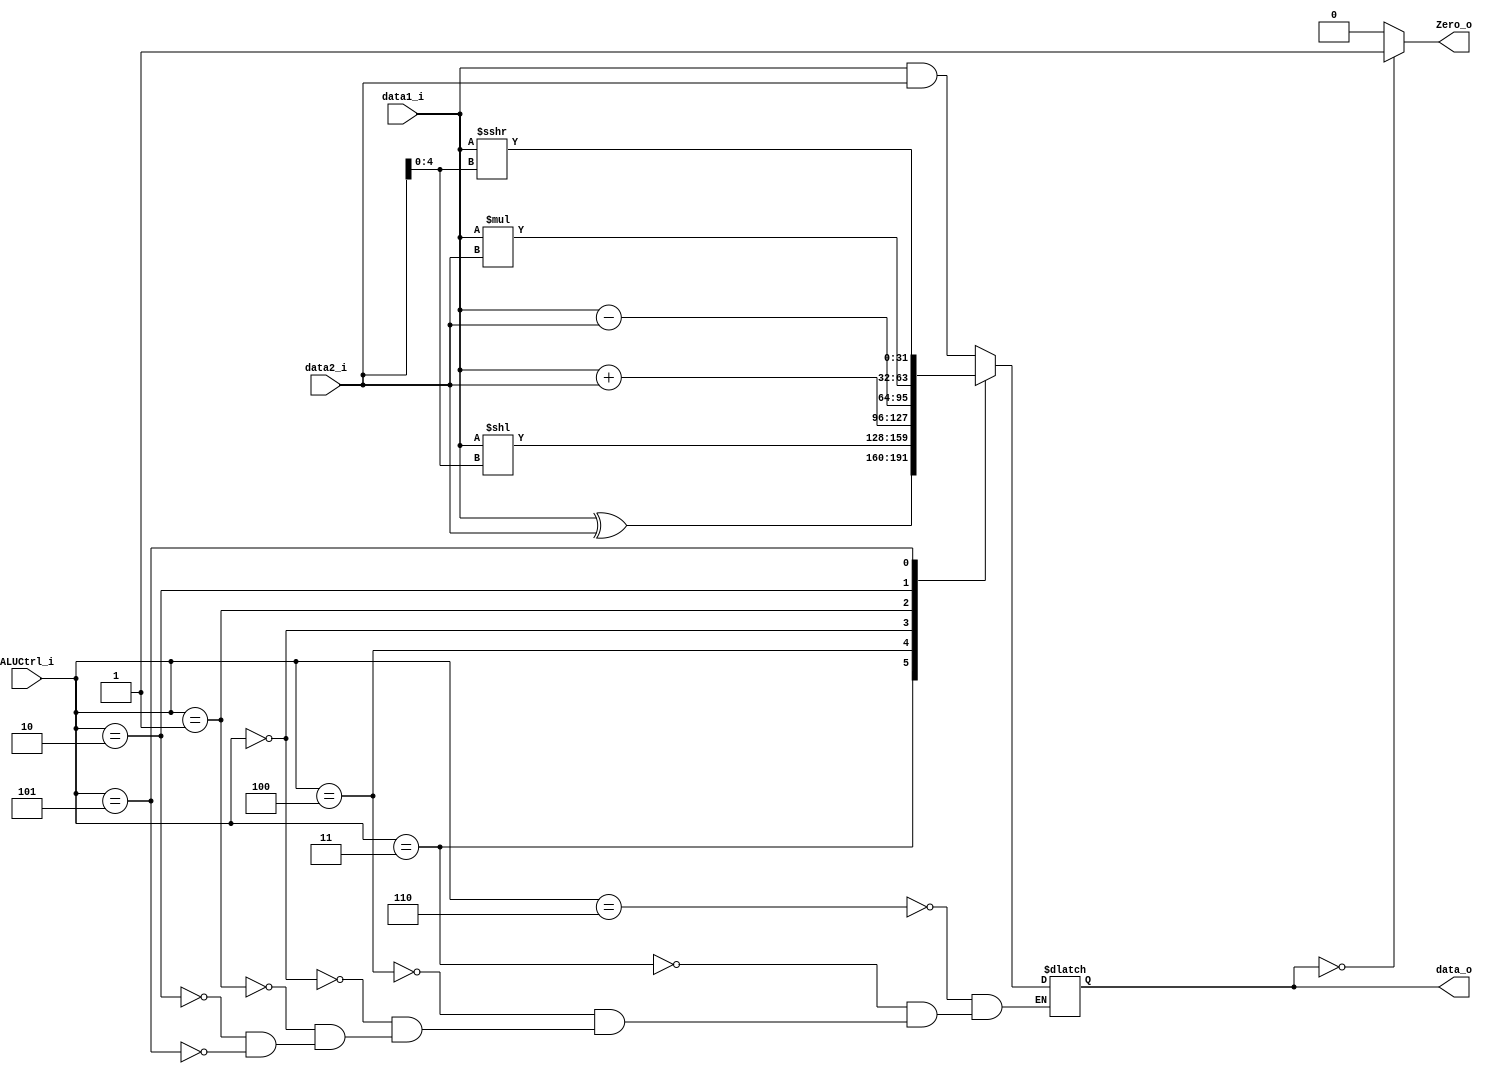
module ALU (
    data1_i  ,
    data2_i  ,
    ALUCtrl_i,
    data_o   ,
    Zero_o   
);
input signed [31:0] data1_i, data2_i;
output reg [31:0] data_o;

input [2:0] ALUCtrl_i;
output reg Zero_o;

always @(*) begin 
    case(ALUCtrl_i)
        3'b110: data_o <= data1_i & data2_i;     // and 
        3'b011: data_o <= data1_i ^ data2_i;     // xor
        3'b100: data_o <= data1_i << (data2_i[4:0]);       // sll 
        3'b000: data_o <= data1_i + data2_i;     // add
        3'b001: data_o <= data1_i - data2_i;     // sub 
        3'b010: data_o <= data1_i * data2_i;     // mul 
        3'b101: data_o <= data1_i >>> (data2_i[4:0]);      // srai   
    endcase
    if(data_o == 32'b00000000) begin
        Zero_o <= 1;
    end else begin
        Zero_o <= 0;
    end 
end 
endmodule